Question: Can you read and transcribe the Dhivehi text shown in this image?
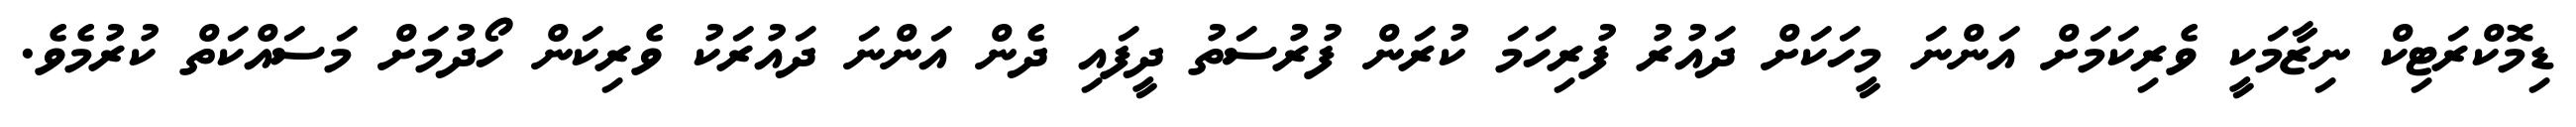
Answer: ޑިމޮކްރަޓިކް ނިޒާމަކީ ވެރިކަމަށް އަންނަ މީހަކަށް ދައުރު ފުރިހަމަ ކުރަން ފުރުސަތު ދީފައި ދެން އަންނަ ދައުރަކު ވެރިކަން ހޯދުމަށް މަސައްކަތް ކުރުމެވެ.